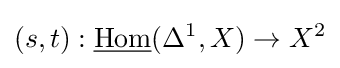
(s,t):{\underline {\operatorname {Hom} }}(\Delta ^{1},X)\to X^{2}